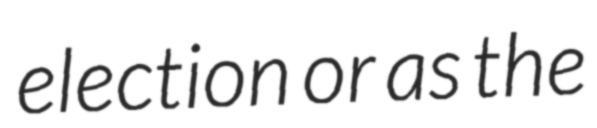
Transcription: election or as the